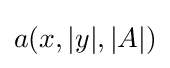
a(x,|y|,|A|)